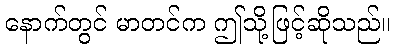
နောက်တွင် မာတင်က ဤသို့ဖြင့်ဆိုသည်။